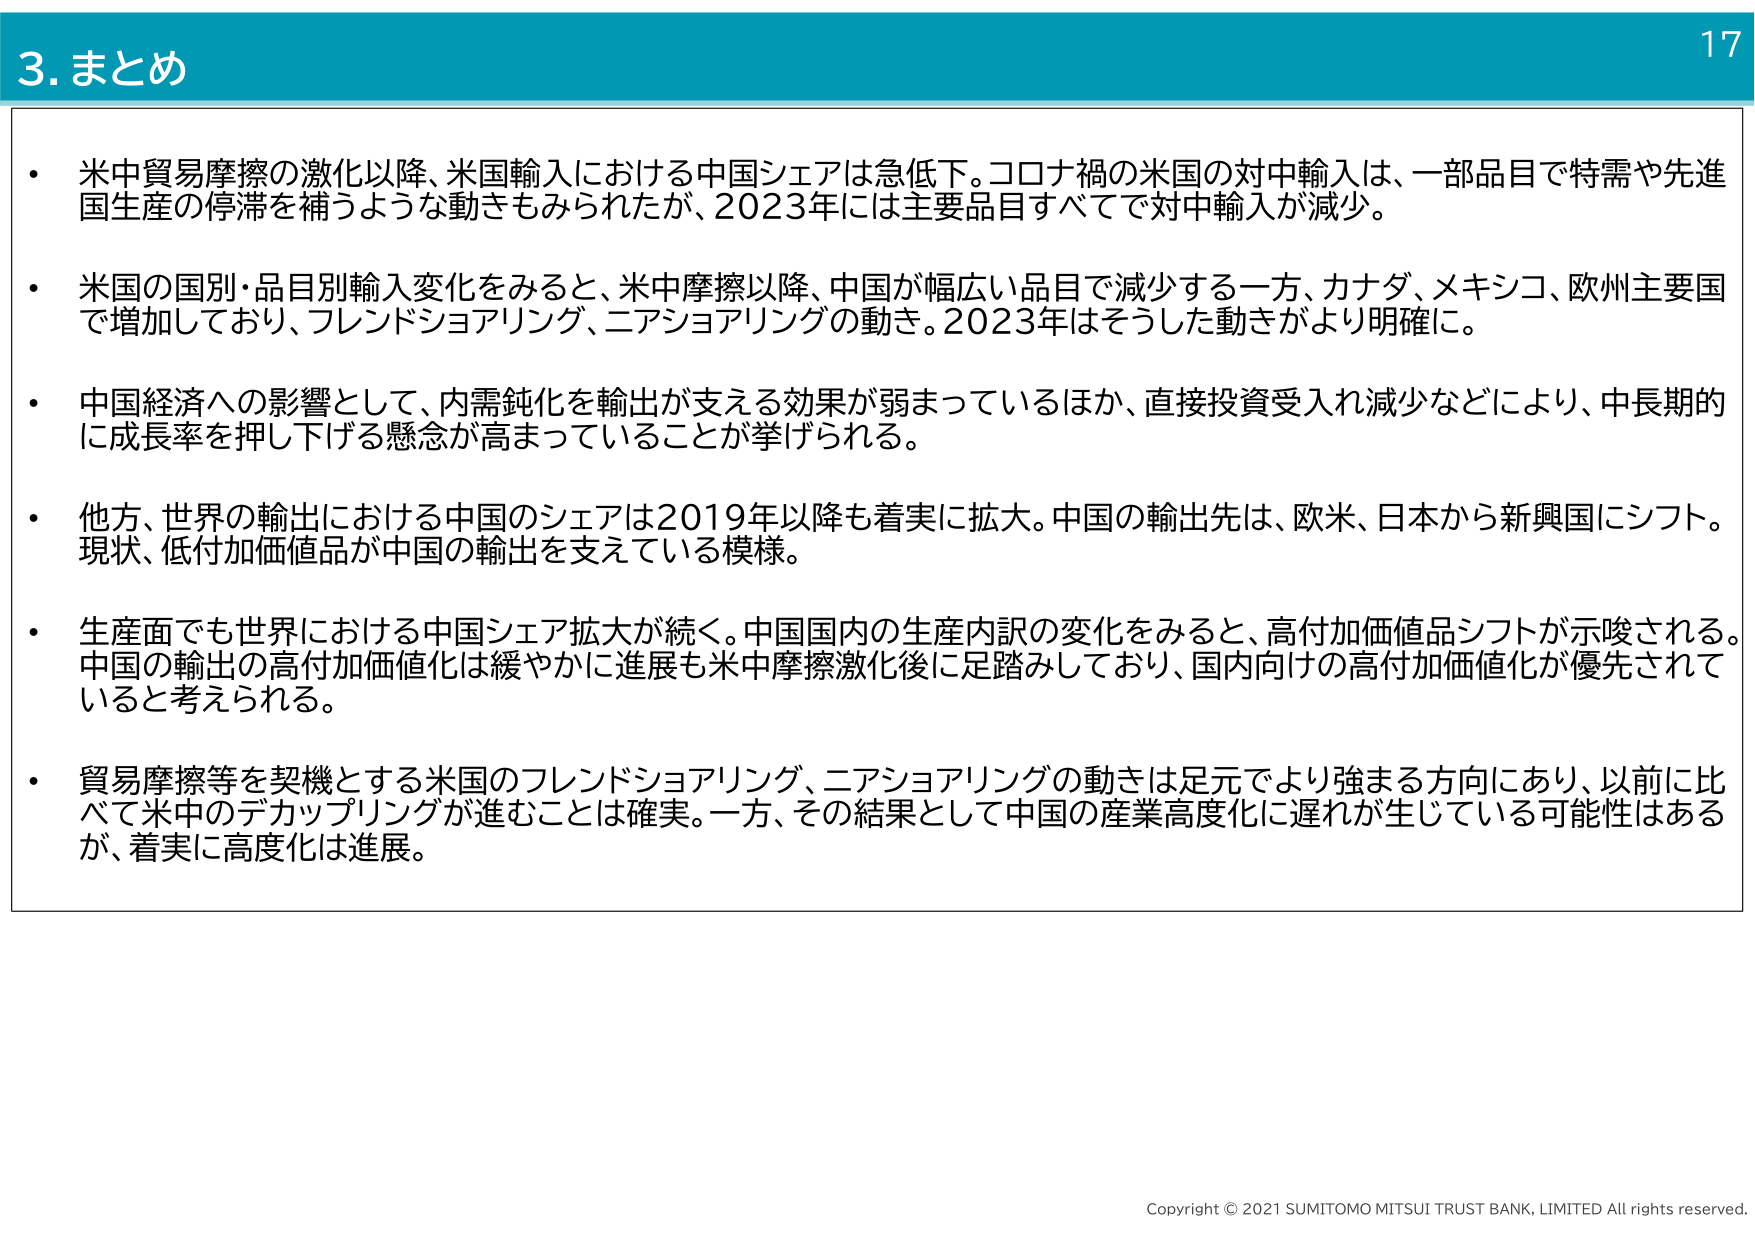
3. まとめ

・ 米中貿易摩擦の激化以降、米国輸入における中国シェアは急低下。コロナ禍の米国の対中輸入は、一部品目で特需や先進国生産の停滞を補うような動きもみられたが、2023年には主要品目すべてで対中輸入が減少。

・ 米国の国別・品目別輸入変化をみると、米中摩擦以降、中国が幅広い品目で減少する一方、カナダ、メキシコ、欧州主要国で増加しており、フレンドショアリング、ニアショアリングの動き。2023年はそうした動きがより明確に。

・ 中国経済への影響として、内需鈍化を輸出が支える効果が弱まっているほか、直接投資受入れ減少などにより、中長期的に成長率を押し下げる懸念が高まっていることが挙げられる。

・ 他方、世界の輸出における中国のシェアは2019年以降も着実に拡大。中国の輸出先は、欧米、日本から新興国にシフト。現状、低付加価値品が中国の輸出を支えている模様。

・ 生産面でも世界における中国シェア拡大が続く。中国国内の生産内訳の変化をみると、高付加価値品シフトが示唆される。中国の輸出の高付加価値化は緩やかに進展も米中摩擦激化後に足踏みしており、国内向けの高付加価値化が優先されていると考えられる。

・ 貿易摩擦等を契機とする米国のフレンドショアリング、ニアショアリングの動きは足元でより強まる方向にあり、以前に比べて米中のデカップリングが進むことは確実。一方、その結果として中国の産業高度化に遅れが生じている可能性はあるが、着実に高度化は進展。

17

Copyright © 2021 SUMITOMO MITSUI TRUST BANK, LIMITED All rights reserved.